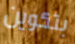
بتكوين